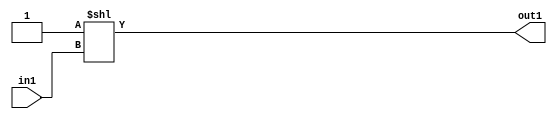
`timescale 1ps / 1ps
/*****************************************************************************
    Verilog RTL Description
    
    
    Created by: Stratus DpOpt 2019.1.01 
*******************************************************************************/

module DC_Filter_DECODE_4096U_11_4 (
	in1,
	out1
	); /* architecture "behavioural" */ 
input [11:0] in1;
output [4095:0] out1;
wire [4095:0] asc001;

assign asc001 = 4096'B0000000000000000000000000000000000000000000000000000000000000000000000000000000000000000000000000000000000000000000000000000000000000000000000000000000000000000000000000000000000000000000000000000000000000000000000000000000000000000000000000000000000000000000000000000000000000000000000000000000000000000000000000000000000000000000000000000000000000000000000000000000000000000000000000000000000000000000000000000000000000000000000000000000000000000000000000000000000000000000000000000000000000000000000000000000000000000000000000000000000000000000000000000000000000000000000000000000000000000000000000000000000000000000000000000000000000000000000000000000000000000000000000000000000000000000000000000000000000000000000000000000000000000000000000000000000000000000000000000000000000000000000000000000000000000000000000000000000000000000000000000000000000000000000000000000000000000000000000000000000000000000000000000000000000000000000000000000000000000000000000000000000000000000000000000000000000000000000000000000000000000000000000000000000000000000000000000000000000000000000000000000000000000000000000000000000000000000000000000000000000000000000000000000000000000000000000000000000000000000000000000000000000000000000000000000000000000000000000000000000000000000000000000000000000000000000000000000000000000000000000000000000000000000000000000000000000000000000000000000000000000000000000000000000000000000000000000000000000000000000000000000000000000000000000000000000000000000000000000000000000000000000000000000000000000000000000000000000000000000000000000000000000000000000000000000000000000000000000000000000000000000000000000000000000000000000000000000000000000000000000000000000000000000000000000000000000000000000000000000000000000000000000000000000000000000000000000000000000000000000000000000000000000000000000000000000000000000000000000000000000000000000000000000000000000000000000000000000000000000000000000000000000000000000000000000000000000000000000000000000000000000000000000000000000000000000000000000000000000000000000000000000000000000000000000000000000000000000000000000000000000000000000000000000000000000000000000000000000000000000000000000000000000000000000000000000000000000000000000000000000000000000000000000000000000000000000000000000000000000000000000000000000000000000000000000000000000000000000000000000000000000000000000000000000000000000000000000000000000000000000000000000000000000000000000000000000000000000000000000000000000000000000000000000000000000000000000000000000000000000000000000000000000000000000000000000000000000000000000000000000000000000000000000000000000000000000000000000000000000000000000000000000000000000000000000000000000000000000000000000000000000000000000000000000000000000000000000000000000000000000000000000000000000000000000000000000000000000000000000000000000000000000000000000000000000000000000000000000000000000000000000000000000000000000000000000000000000000000000000000000000000000000000000000000000000000000000000000000000000000000000000000000000000000000000000000000000000000000000000000000000000000000000000000000000000000000000000000000000000000000000000000000000000000000000000000000000000000000000000000000000000000000000000000000000000000000000000000000000000000000000000000000000000000000000000000000000000000000000000000000000000000000000000000000000000000000000000000000000000000000000000000000000000000000000000000000000000000000000000000000000000000000000000000000000000000000000000000000000000000000000000000000000000000000000000000000000000000000000000000000000000000000000000000000000000000000000000000000000000000000000000000000000000000000000000000000000000000000000000000000000000000000000000000000000000000000000000000000000000000000000000000000000000000000000000000000000000000000000000000000000000000000000000000000000000000000000000000000000000000000000000000000000000000000000000000000000000000000000000000000000000000000000000000000000000000000000000000000000000000000000000000000000000000000000000000000000000000000000000000000000000000000000000000000000000000000000000000000000000000000000000000000001
    << in1;

assign out1 = asc001;
endmodule

/* CADENCE  vrHwTQva : u9/ySgnWtBlWxVPRXgAZ4Og= ** DO NOT EDIT THIS LINE ******/